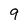
Character: 9